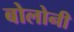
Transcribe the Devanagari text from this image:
बोलोनी